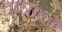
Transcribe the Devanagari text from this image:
तन्त्रांशों